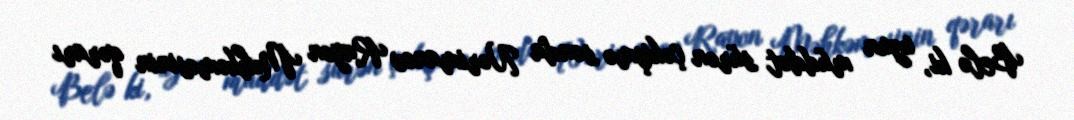
Belə ki, uzun müddət sürən çəkişmə sonda Nərimanov Rayon Məhkəməsinin qərarı